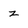
Character: z